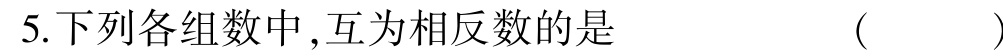
5.下列各组数中,互为相反数的是  ( )